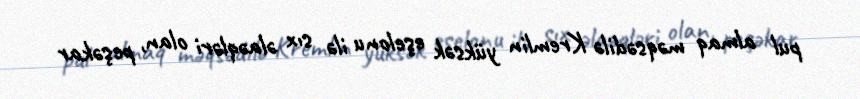
pul almaq məqsədilə Kremlin yüksək eşelonu ilə sıx əlaəqləri olan, peşəkar